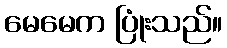
မေမေက ပြုံးသည်။